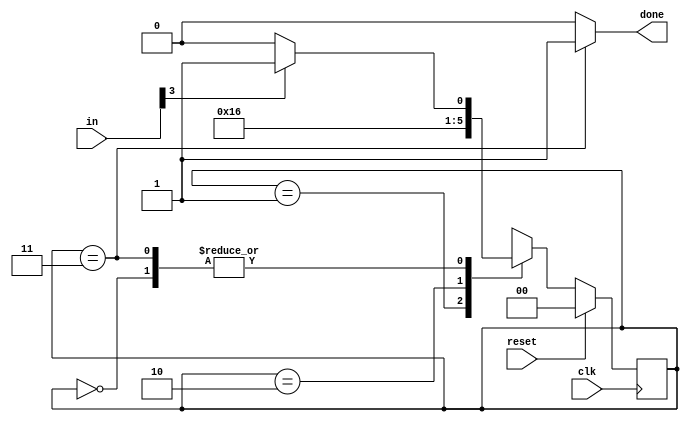
module top_module(
    input clk,
    input [7:0] in,
    input reset,    // Synchronous reset
    output done); //
    reg [1:0] cs,ns;
    // State transition logic (combinational)
    always@(*)begin
        case(cs)
            2'b00: ns=(in[3])?2'b01:2'b00;
            2'b01: ns=2'b10;
            2'b10: ns=2'b11;    
            2'b11: ns=(in[3])?2'b01:2'b00;
        endcase
    end
    // State flip-flops (sequential)
    always@(posedge clk)begin
        if(reset) cs<=0;
        else cs<=ns;
    end
    // Output logic
    assign done=(cs==2'b11)?1:0;
endmodule